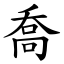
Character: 喬